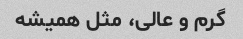
گرم و عالی، مثل همیشه